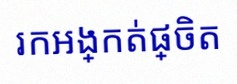
រកអង្កត់ផ្ចិត